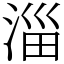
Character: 淄